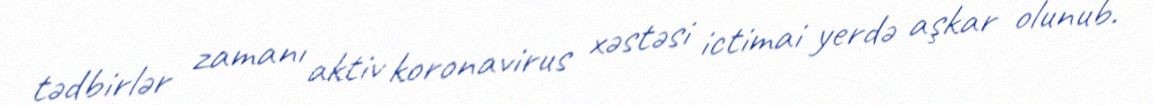
tədbirlər zamanı aktiv koronavirus xəstəsi ictimai yerdə aşkar olunub.